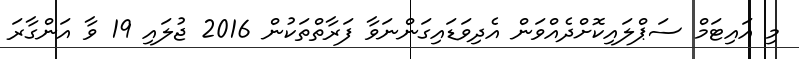
މި އައިޓަމް ސަޕްލައިކޮށްދެއްވަން އެދިވަޑައިގަންނަވާ ފަރާތްތަކުން 2016 ޖުލައި 19 ވާ އަންގާރަ